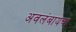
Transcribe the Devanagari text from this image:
अवलंबायचा